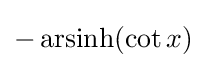
-\operatorname {arsinh} (\cot x)